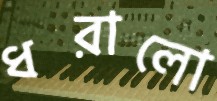
ধরালো